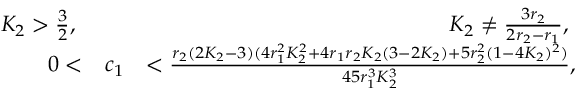
\begin{array} { r l r } { K _ { 2 } > \frac { 3 } { 2 } \mathrm { , ~ } } & { } & { K _ { 2 } \neq \frac { 3 r _ { 2 } } { 2 r _ { 2 } - r _ { 1 } } \mathrm { , ~ } } \\ { 0 < } & { c _ { 1 } } & { < \frac { r _ { 2 } ( 2 K _ { 2 } - 3 ) ( 4 r _ { 1 } ^ { 2 } K _ { 2 } ^ { 2 } + 4 r _ { 1 } r _ { 2 } K _ { 2 } ( 3 - 2 K _ { 2 } ) + 5 r _ { 2 } ^ { 2 } ( 1 - 4 K _ { 2 } ) ^ { 2 } ) } { 4 5 r _ { 1 } ^ { 3 } K _ { 2 } ^ { 3 } } , } \end{array}